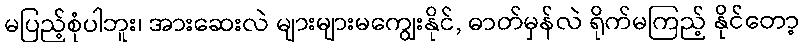
မပြည့်စုံပါဘူး၊ အားဆေးလဲ များများမကျွေးနိုင်, ဓာတ်မှန်လဲ ရိုက်မကြည့် နိုင်တော့